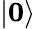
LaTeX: |\boldsymbol{0}\rangle